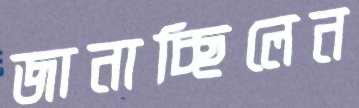
জানাচ্ছিলেন